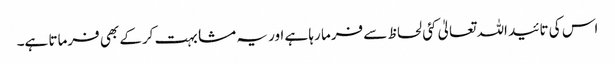
اس کی تائید اللہ تعالیٰ کئی لحاظ سے فرما رہا ہے اور یہ مشابہت کرکے بھی فرماتا ہے۔